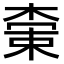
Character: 𬃭